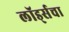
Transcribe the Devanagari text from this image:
लॉर्ड्सचा